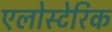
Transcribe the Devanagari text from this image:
एलोस्टेरिक